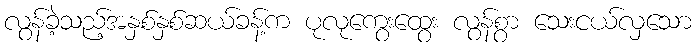
လွန်ခဲ့သည့်အနှစ်နှစ်ဆယ်ခန့်က ပုလုကွေးထွေး လွန်စွာ သေးငယ်လှသော